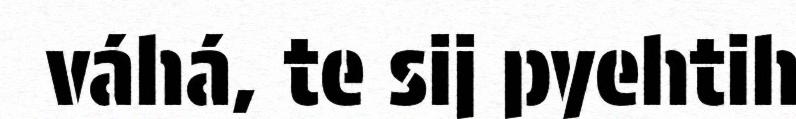
váhá, te sij pyehtih